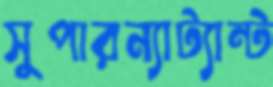
সুপারন্যাট্যান্ট